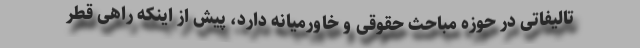
تالیفاتی در حوزه مباحث حقوقی و خاورمیانه دارد، پیش از اینکه راهی قطر